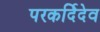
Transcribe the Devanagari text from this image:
परकर्दिदेव